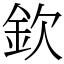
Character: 欽